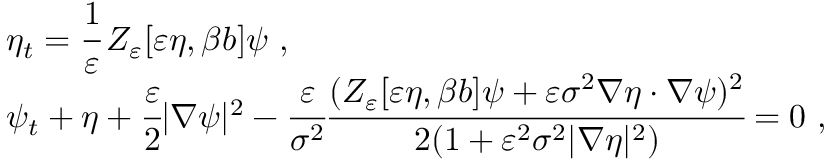
\begin{array} { r l } & { \eta _ { t } = \cfrac { 1 } { \varepsilon } \, Z _ { \varepsilon } [ \varepsilon \eta , \beta b ] \psi \ , } \\ & { \psi _ { t } + \eta + \cfrac { \varepsilon } { 2 } | \nabla \psi | ^ { 2 } - \cfrac { \varepsilon } { \sigma ^ { 2 } } \cfrac { ( Z _ { \varepsilon } [ \varepsilon \eta , \beta b ] \psi + \varepsilon \sigma ^ { 2 } \nabla \eta \cdot \nabla \psi ) ^ { 2 } } { 2 ( 1 + \varepsilon ^ { 2 } \sigma ^ { 2 } | \nabla \eta | ^ { 2 } ) } = 0 \ , } \end{array}